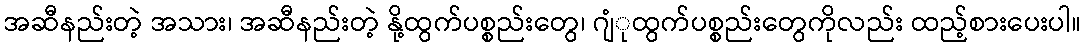
အဆီနည်းတဲ့ အသား၊ အဆီနည်းတဲ့ နို့ထွက်ပစ္စည်းတွေ၊ ဂျံုထွက်ပစ္စည်းတွေကိုလည်း ထည့်စားပေးပါ။